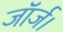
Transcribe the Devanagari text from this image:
जॉर्ज।